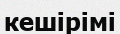
кешірімі